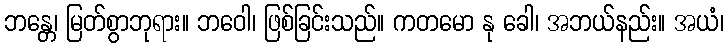
ဘန္တေ၊ မြတ်စွာဘုရား။ ဘဝေါ၊ ဖြစ်ခြင်းသည်။ ကတမော နု ခေါ၊ အဘယ်နည်း။ အယံ၊